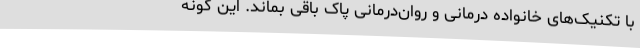
با تکنیک‌های خانواده‌ درمانی و روان‌درمانی پاک باقی بماند. این گونه